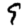
Digit: 9